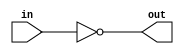
module InstName (
   out,
   in
   );
   input [7:0] in;
   output [7:0] out;
   wire [7:0] 	out = ~in;
endmodule